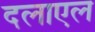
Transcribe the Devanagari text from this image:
दलाएल